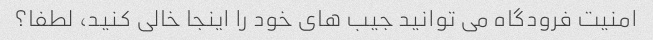
امنیت فرودگاه می توانید جیب های خود را اینجا خالی کنید، لطفا؟